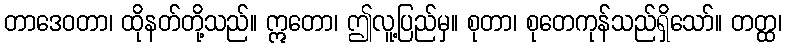
တာဒေဝတာ၊ ထိုနတ်တို့သည်။ ဣတော၊ ဤလူ့ပြည်မှ။ စုတာ၊ စုတေကုန်သည်ရှိသော်။ တတ္ထ၊